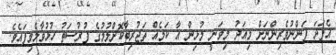
އެފަދަ ފަންނުވެރިންނަށް މިއަދު މިވަނީ މުޅިން އާ ކަމެއް ތަޖުރިބާކޮށްލުމުގެ ފުރުސަތު ހުޅުވާލެވިފައެވެ.